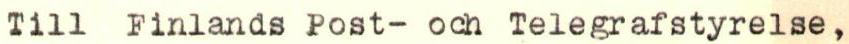
Till Finlands Post- och Telegrafstyrelse,